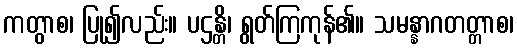
ကတွာစ၊ ပြု၍လည်း။ ပဌန္တိ၊ ရွတ်ကြကုန်၏။ သမန္နာဂတတ္တာစ၊